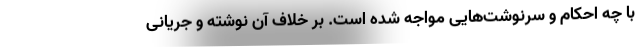
با چه احکام و سرنوشت‌هایی مواجه شده است. بر خلاف آن نوشته و جریانی